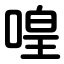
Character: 喤